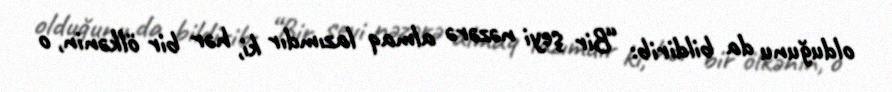
olduğunu da bildirib: “Bir şeyi nəzərə almaq lazımdır ki, hər bir ölkənin, o